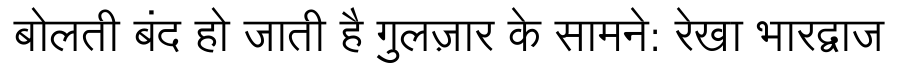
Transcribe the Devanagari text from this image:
बोलती बंद हो जाती है गुलज़ार के सामने: रेखा भारद्वाज